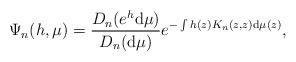
LaTeX: \begin{align*}\Psi_n(h,\mu)= \frac{D_n(e^h {\rm d} \mu)}{D_n({\rm d}\mu)} e^{- \int h(z) K_n(z,z) {\rm d} \mu(z) }, \end{align*}